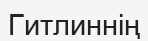
Гитлиннің